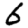
Digit: 6